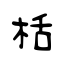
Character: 栝